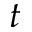
t